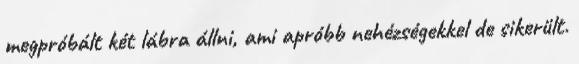
megpróbált két lábra állni, ami apróbb nehézségekkel de sikerült.